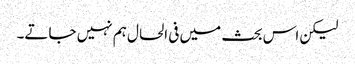
لیکن اس بحث میں فی الحال ہم نہیں جاتے۔